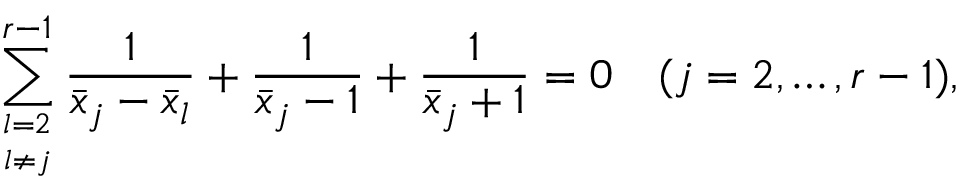
\sum _ { l = 2 \atop l \ne j } ^ { r - 1 } { \frac { 1 } { \bar { x } _ { j } - \bar { x } _ { l } } } + { \frac { 1 } { \bar { x } _ { j } - 1 } } + { \frac { 1 } { \bar { x } _ { j } + 1 } } = 0 \quad ( j = 2 , \ldots , r - 1 ) ,